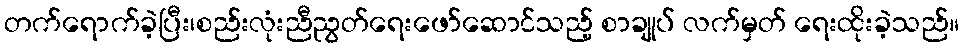
တက်ရောက်ခဲ့ပြီး၊စည်းလုံးညီညွတ်ရေးဖော်ဆောင်သည့် စာချုပ် လက်မှတ် ရေးထိုးခဲ့သည်။